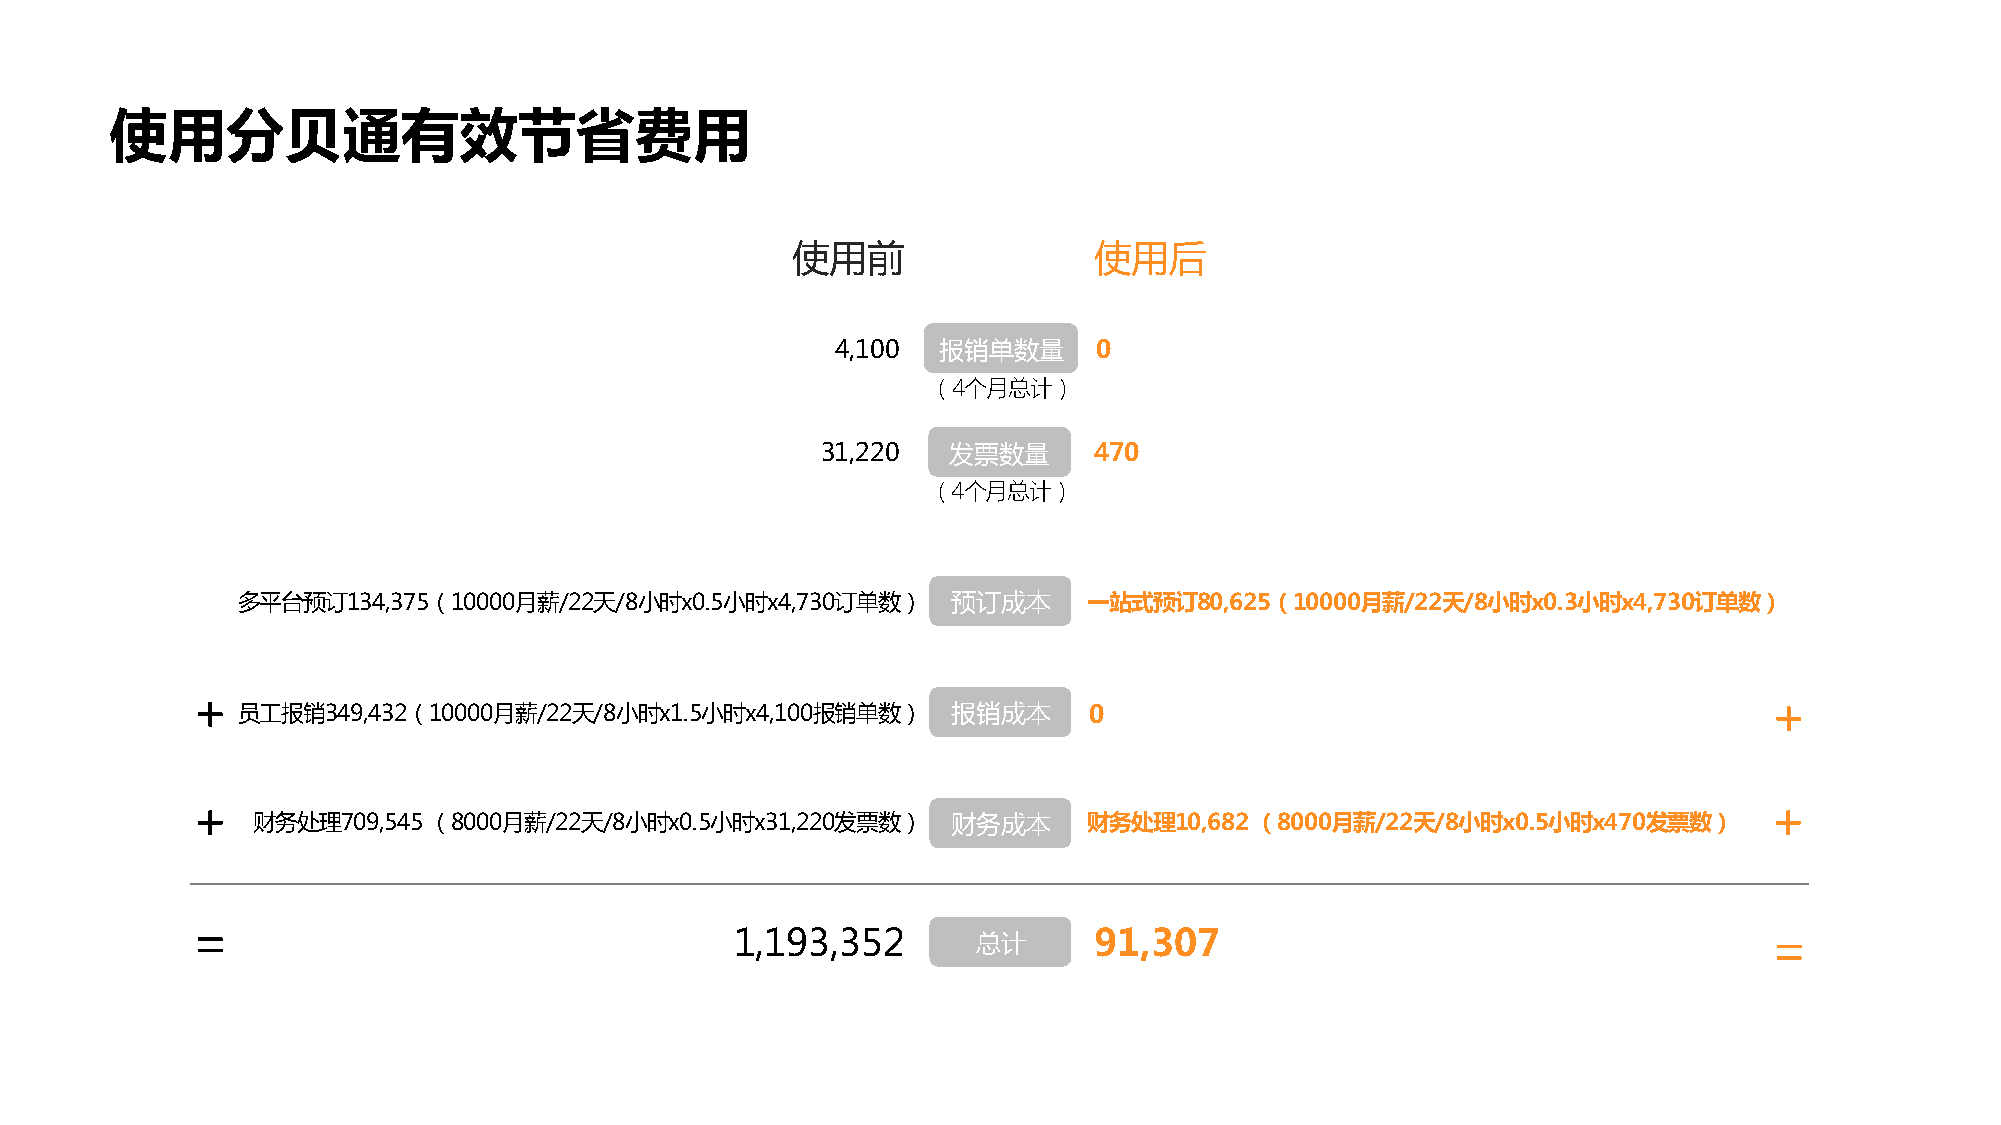
使用分贝通有效节省费用
 使用前                 使用后
 4,100  报销单数量      0
 （4个月总计）
 31,220   发票数量     470
 （4个月总计）
 多平台预订134,375（10000月薪/22天/8小时x0.5小时x4,730订单数）   预订成本     一站式预订80,625（10000月薪/22天/8小时x0.3小时x4,730订单数）
 +  员工报销349,432（10000月薪/22天/8小时x1.5小时x4,100报销单数）   报销成本     0                                            +
 +                                                                                                       +
 财务处理709,545 （8000月薪/22天/8小时x0.5小时x31,220发票数）  财务成本     财务处理10,682 （8000月薪/22天/8小时x0.5小时x470发票数）
 =                                   1,193,352       总计     91,307                                       =